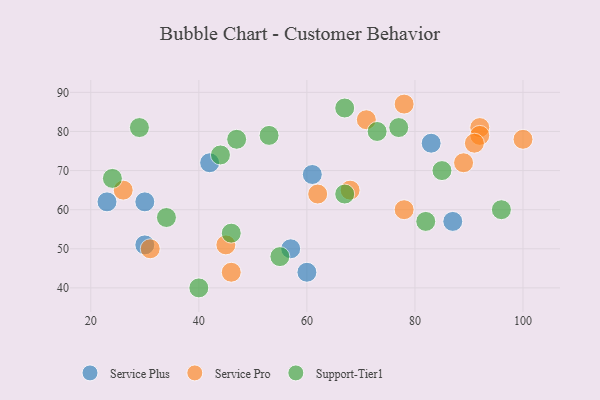
{"axis": {"x": "GDP", "y": "Life Expectancy"}, "legend": ["Service Plus", "Service Pro", "Support-Tier1"], "data": [{"x": "42", "y": 72, "type": "Service Plus"}, {"x": "83", "y": 77, "type": "Service Plus"}, {"x": "61", "y": 69, "type": "Service Plus"}, {"x": "87", "y": 57, "type": "Service Plus"}, {"x": "23", "y": 62, "type": "Service Plus"}, {"x": "30", "y": 51, "type": "Service Plus"}, {"x": "60", "y": 44, "type": "Service Plus"}, {"x": "30", "y": 62, "type": "Service Plus"}, {"x": "57", "y": 50, "type": "Service Plus"}, {"x": "78", "y": 87, "type": "Service Pro"}, {"x": "92", "y": 81, "type": "Service Pro"}, {"x": "26", "y": 65, "type": "Service Pro"}, {"x": "92", "y": 79, "type": "Service Pro"}, {"x": "78", "y": 60, "type": "Service Pro"}, {"x": "31", "y": 50, "type": "Service Pro"}, {"x": "62", "y": 64, "type": "Service Pro"}, {"x": "89", "y": 72, "type": "Service Pro"}, {"x": "71", "y": 83, "type": "Service Pro"}, {"x": "91", "y": 77, "type": "Service Pro"}, {"x": "45", "y": 51, "type": "Service Pro"}, {"x": "68", "y": 65, "type": "Service Pro"}, {"x": "100", "y": 78, "type": "Service Pro"}, {"x": "46", "y": 44, "type": "Service Pro"}, {"x": "67", "y": 64, "type": "Support-Tier1"}, {"x": "85", "y": 70, "type": "Support-Tier1"}, {"x": "34", "y": 58, "type": "Support-Tier1"}, {"x": "47", "y": 78, "type": "Support-Tier1"}, {"x": "44", "y": 74, "type": "Support-Tier1"}, {"x": "96", "y": 60, "type": "Support-Tier1"}, {"x": "55", "y": 48, "type": "Support-Tier1"}, {"x": "29", "y": 81, "type": "Support-Tier1"}, {"x": "67", "y": 86, "type": "Support-Tier1"}, {"x": "40", "y": 40, "type": "Support-Tier1"}, {"x": "73", "y": 80, "type": "Support-Tier1"}, {"x": "53", "y": 79, "type": "Support-Tier1"}, {"x": "82", "y": 57, "type": "Support-Tier1"}, {"x": "24", "y": 68, "type": "Support-Tier1"}, {"x": "46", "y": 54, "type": "Support-Tier1"}, {"x": "77", "y": 81, "type": "Support-Tier1"}]}